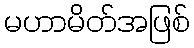
မဟာမိတ်အဖြစ်